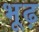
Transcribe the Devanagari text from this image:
भूढ़